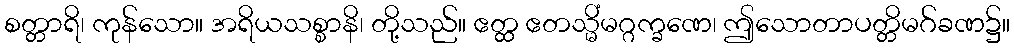
စတ္တာရိ၊ ကုန်သော။ အရိယသစ္စာနိ၊ တို့သည်။ ဧတ္ထ ဧတသ္မိံမဂ္ဂက္ခဏေ၊ ဤသောတာပတ္တိမဂ်ခဏ၌။